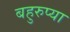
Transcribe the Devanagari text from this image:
बहुरुप्या